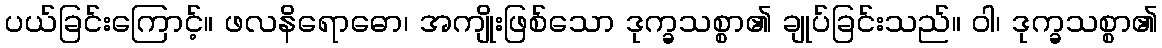
ပယ်ခြင်းကြောင့်။ ဖလနိရောဓော၊ အကျိုးဖြစ်သော ဒုက္ခသစ္စာ၏ ချုပ်ခြင်းသည်။ ဝါ၊ ဒုက္ခသစ္စာ၏